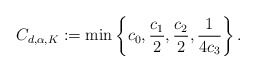
\begin{align*}C_{d,\alpha,K} := \min\left\{c_0,\frac{c_1}{2},\frac{c_2}{2},\frac{1}{4c_3}\right\}.\end{align*}